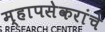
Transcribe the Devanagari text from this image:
म्हापसेकरांचे